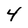
Character: 4